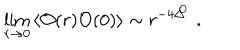
\lim _ { r \rightarrow 0 } \left\langle \mathcal { O } ( r ) \mathcal { O } ( 0 ) \right\rangle \sim r ^ { - 4 \Delta ^ { \! \! \mathcal { O } } } \, \, .